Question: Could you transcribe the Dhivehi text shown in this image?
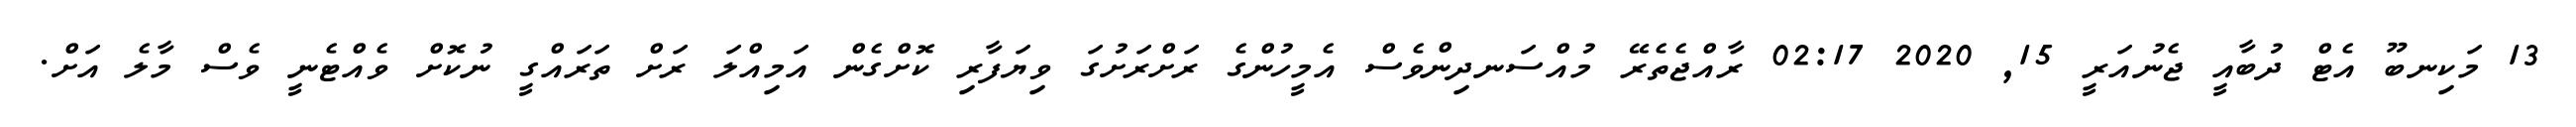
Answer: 13 މަކިނބޫ އެޓް ދުބާއީ ޖެނުއަރީ 15, 2020 02:17 ރާއްޖެތެރޭ މުއްސަނދިންވެސް އެމީހުންގެ ރަށްރަށުގަ ވިޔަފާރި ކޮށްގެން އަމިއްލަ ރަށް ތަރައްގީ ނުކޮށް ވެއްޓެނީ ވެސް މާލެ އަށް.